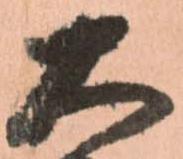
大